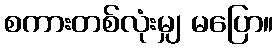
စကားတစ်လုံးမျှ မပြော။